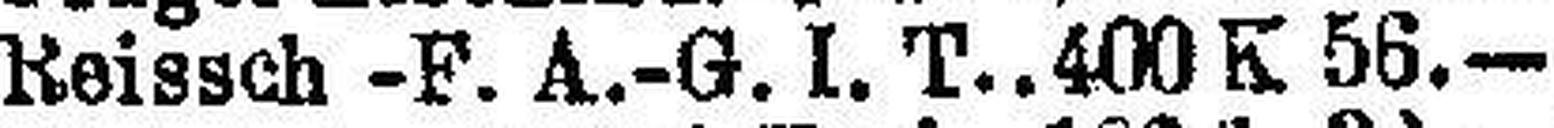
Reissch -F. A.-G. I. T. 400 K 56.—